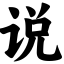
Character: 说